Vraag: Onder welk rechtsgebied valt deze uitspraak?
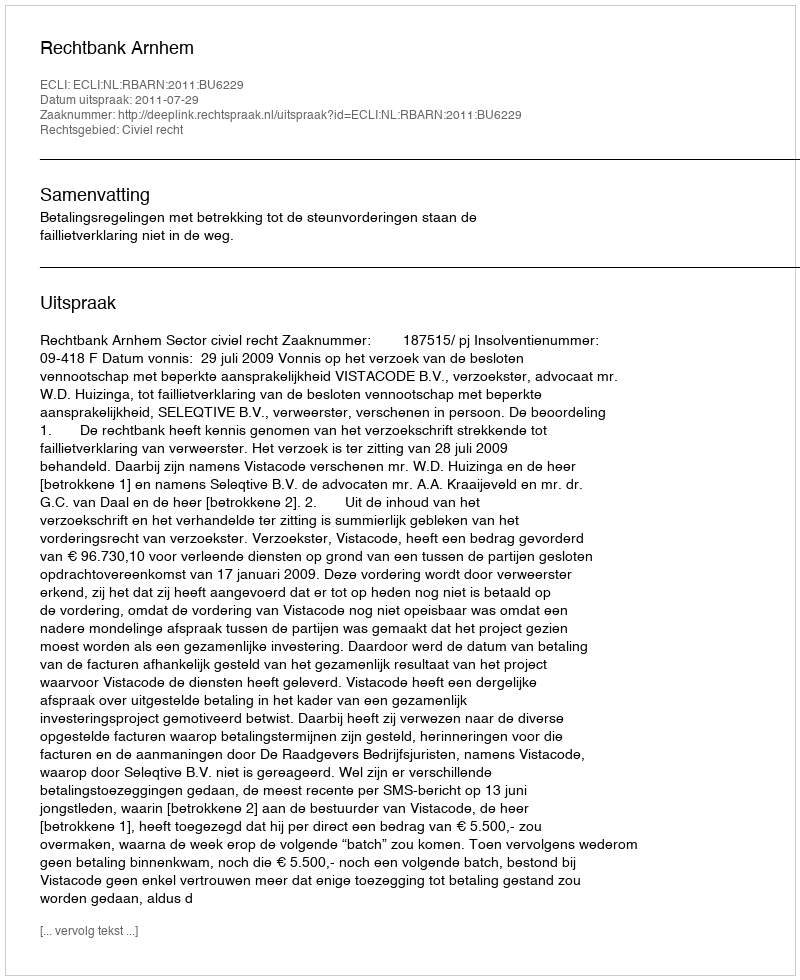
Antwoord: Civiel recht